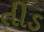
તીડ